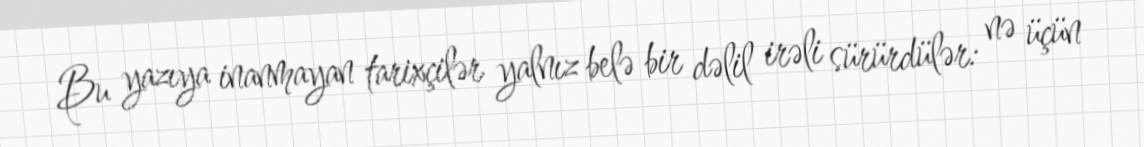
Bu yazıya inanmayan tarixçilər yalnız belə bir dəlil irəli sürürdülər: nə üçün